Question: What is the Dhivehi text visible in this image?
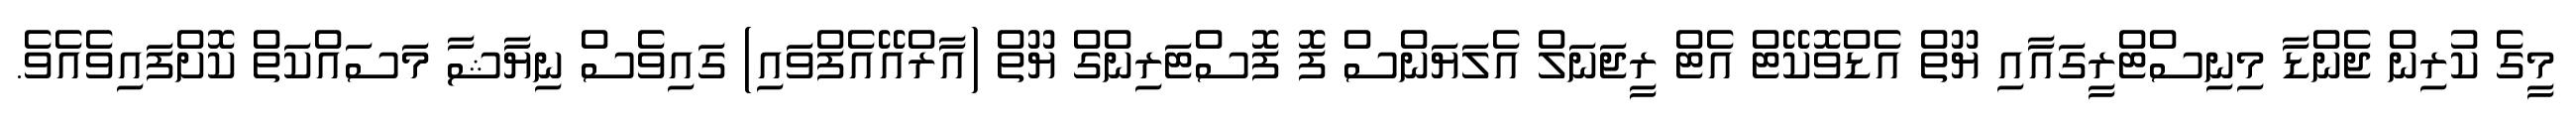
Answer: މީގެ ކުރިން ޖެންޑާ މިނިސްޓްރީގައާއި ޔޫތް އެޑްވޮކޭޓް އެޓް ރީޖަނަލް އެލަޔަންސް ފޮ ފޮސްޓަރިންގް ޔޫތް (އާރްއޭއެފްވައި) ގައިވެސް ނިޔާޝާ މަސައްކަތް ކޮށްފައިވެއެވެ.